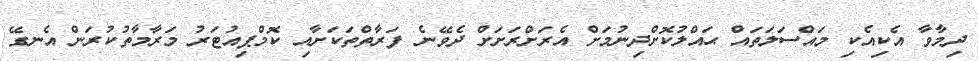
ދިމާވާ އެކިއެކި މައްސަލަތައް ޙައްލުކޮށްދިނުމަށް އެރަށްރަށަށް ދެވޭނެ ފަރާތްތަކަށާއި ކޮމްޕިއުޓަރު މަރާމާތުކުރަން އެނގޭ